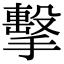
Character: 擊